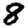
Digit: 8